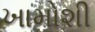
ખામોશી